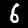
Label: 6